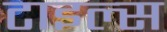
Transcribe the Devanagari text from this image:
टाइल्‍स